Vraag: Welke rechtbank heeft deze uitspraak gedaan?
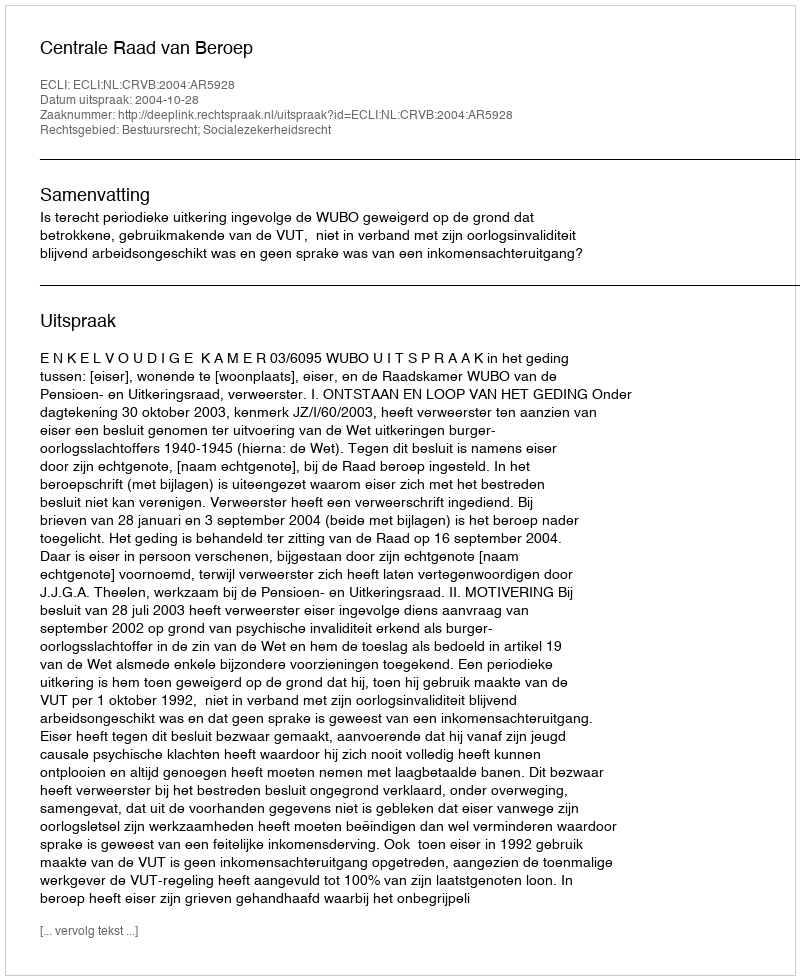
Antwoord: Centrale Raad van Beroep